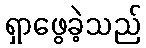
ရှာဖွေခဲ့သည်